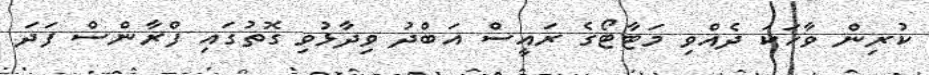
ކުރިން ވާހަކަ ދެއްވި މަޓާޓޯގެ ރައީސް އަބްދު ވިދާޅުވި ގޮތުގައި ފްރާންސް ފަދަ